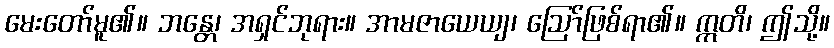
မေးတော်မူ၏။ ဘန္တေ၊ အရှင်ဘုရား။ အာမဇာယေယျ၊ ဩော်ဖြစ်ရာ၏။ ဣတိ၊ ဤသို့။